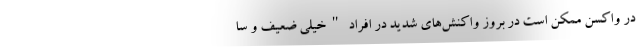
در واکسن ممکن است در بروز واکنش‌های شدید در افراد "خیلی ضعیف و سا